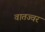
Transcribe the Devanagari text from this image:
वातज्वर